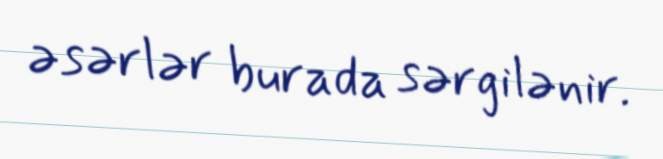
əsərlər burada sərgilənir.